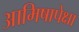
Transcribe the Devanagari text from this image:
आमिषापेक्षा